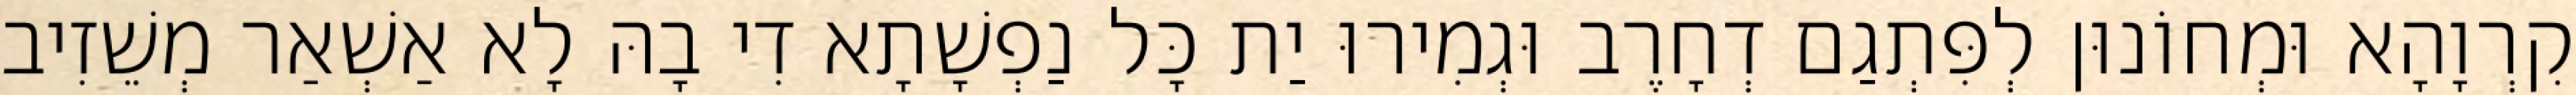
קִרְוָהָא וּמְחוֹנוּן לְפִּתְגַם דְחָרֶב וּגְמִירוּ יַת כָּל נַפְשָׁתָא דִי בָהּ לָא אַשְׁאַר מְשֵׁזִיב